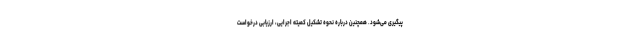
پیگیری می‌شود. همچنین درباره نحوه تشکیل کمیته اجرایی، ارزیابی درخواست